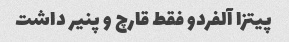
پیتزا آلفردو فقط قارچ و پنیر داشت